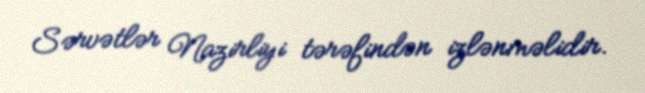
Sərvətlər Nazirliyi tərəfindən izlənməlidir.